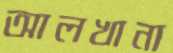
আলখানা